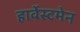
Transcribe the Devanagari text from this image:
हार्वेस्टमेन